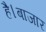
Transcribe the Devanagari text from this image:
है।बाजार